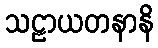
သဠာယတနာနိ